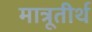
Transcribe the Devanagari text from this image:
मात्रूतीर्थ